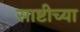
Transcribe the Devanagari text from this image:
साष्टीच्या